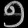
Digit: ၅